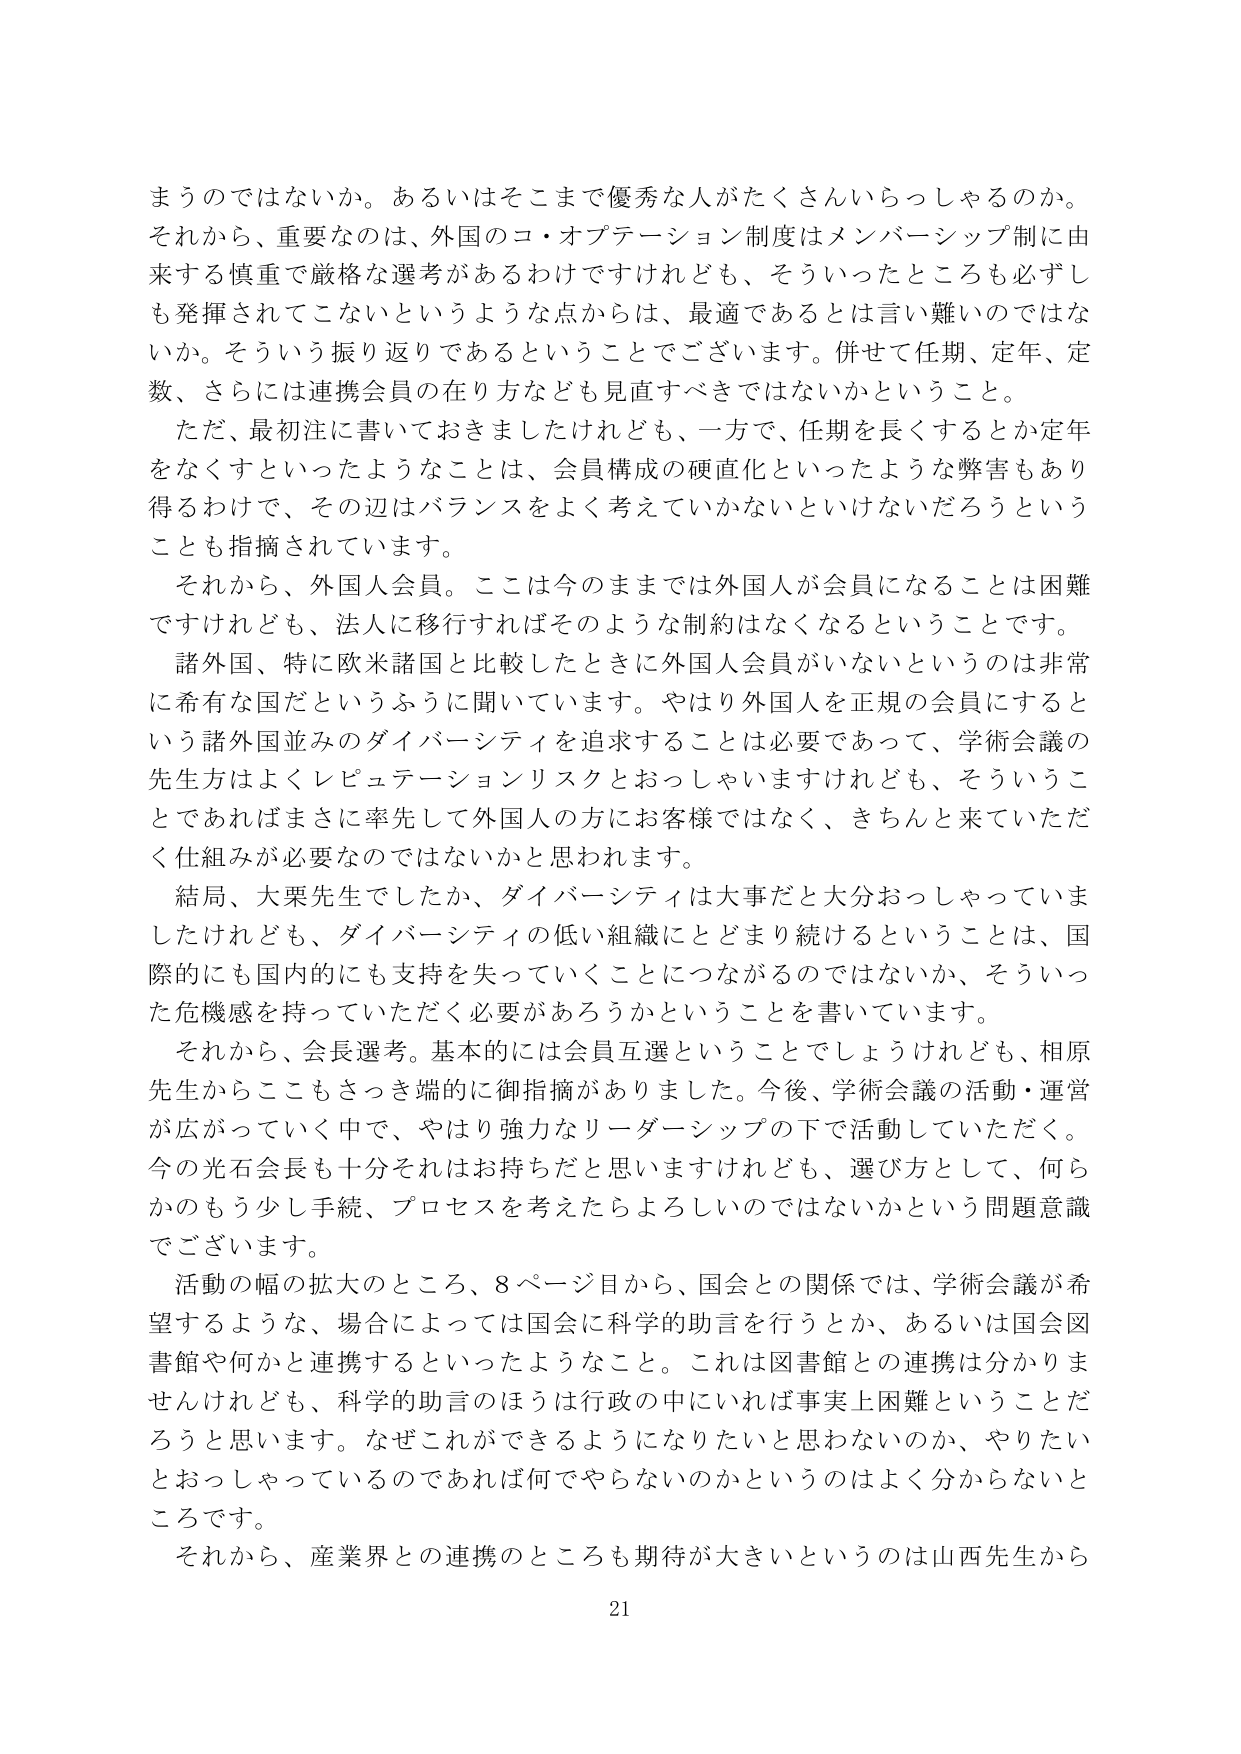
まうのではないか。あるいはそこまで優秀な人がたくさんいらっしゃるのか。
それから、重要なのは、外国のコ・オプテーション制度はメンバーシップ制に由来する慎重で厳格な選考があるわけですがけれども、そういったところも必ずしも発揮されてこないというような点からは、最適であるとは言い難いのではないか。そういう振り返りであるということでございます。併せて任期、定年、定数、さらには連携会員の在り方なども見直すべきではないかということ。

ただ、最初注に書いておりましたけれども、一方で、任期を長くするとか定年をなくすといったようなことは、会員構成の硬直化といったような弊害もあり得るわけで、その辺はバランスをよく考えていかないといけないだろうということも指摘されています。

それから、外国人会員。ここは今のままでは外国人が会員になることは困難ですけれども、法人に移行すればそのような制約はなくなるということです。

諸外国、特に欧米諸国と比較したときに外国人会員がいないというのは非常に希有な国だというふうに聞いています。やはり外国人を正規の会員にするという諸外国並みのダイバーシティを追求することは必要であって、学術会議の先生方はよくレピュテーションリスクとおっしゃいますけれども、そういうことであればまさに率先して外国人の方にお客様ではなく、きちんと来ていただく仕組みが必要なのではないかと思われます。

結局、大栗先生でしたか、ダイバーシティは大事だと大分おっしゃっていましたけれども、ダイバーシティの低い組織にとどまり続けるということは、国際的にも国内的にも支持を失っていくことにつながるのではないか、そういった危機感を持っていただく必要があろうかということを書いています。

それから、会長選考。基本的には会員互選ということでしょうけれども、相原先生からここもさっき端的に御指摘がありました。今後、学術会議の活動・運営が広がっていく中で、やはり強力なリーダーシップの下で活動していただく。今の光石会長も十分それはお持ちだと思いますけれども、選び方として、何らかのもう少し手続、プロセスを考えたらよろしいのではないかという問題意識でございます。

活動の幅の拡大のところ、8ページ目から、国会との関係では、学術会議が希望するような、場合によっては国会に科学的助言を行うとか、あるいは国会図書館や何かと連携するといったようなこと。これは図書館との連携は分かりませんけれども、科学的助言のほうは行政の中に入れば事実上困難ということだろうと思います。なぜこれができるようになりたいと思わないのか、やりたいとおっしゃっているのであれば何でやらないのかというのはよく分からないところです。

それから、産業界との連携のところも期待が大きいというのは山西先生から

21